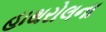
હાથરોલના